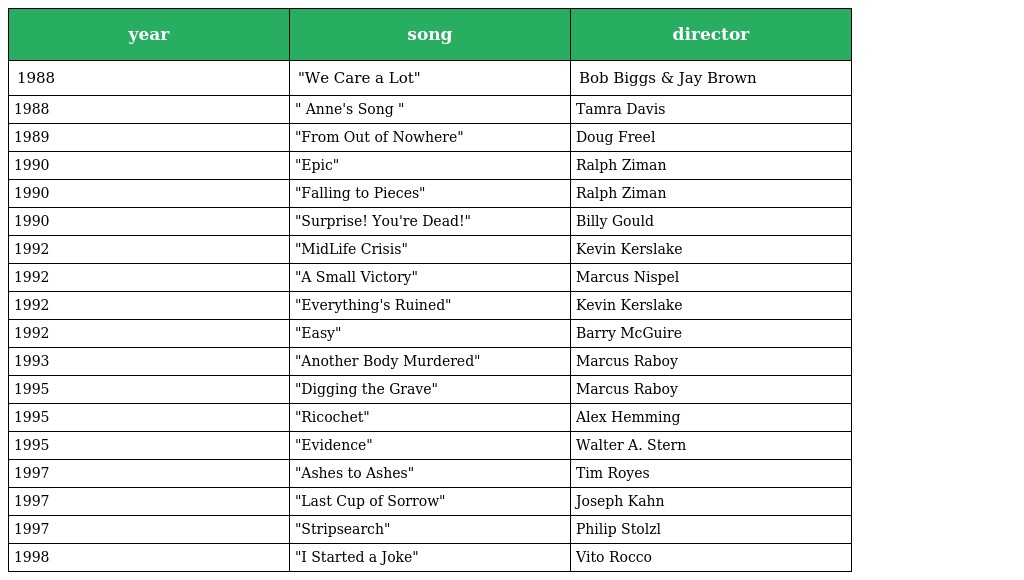
| year | song | director |
 | --- | --- | --- |
 | 1988 | "We Care a Lot" | Bob Biggs & Jay Brown |
 | 1988 | " Anne's Song " | Tamra Davis |
 | 1989 | "From Out of Nowhere" | Doug Freel |
 | 1990 | "Epic" | Ralph Ziman |
 | 1990 | "Falling to Pieces" | Ralph Ziman |
 | 1990 | "Surprise! You're Dead!" | Billy Gould |
 | 1992 | "MidLife Crisis" | Kevin Kerslake |
 | 1992 | "A Small Victory" | Marcus Nispel |
 | 1992 | "Everything's Ruined" | Kevin Kerslake |
 | 1992 | "Easy" | Barry McGuire |
 | 1993 | "Another Body Murdered" | Marcus Raboy |
 | 1995 | "Digging the Grave" | Marcus Raboy |
 | 1995 | "Ricochet" | Alex Hemming |
 | 1995 | "Evidence" | Walter A. Stern |
 | 1997 | "Ashes to Ashes" | Tim Royes |
 | 1997 | "Last Cup of Sorrow" | Joseph Kahn |
 | 1997 | "Stripsearch" | Philip Stolzl |
 | 1998 | "I Started a Joke" | Vito Rocco |